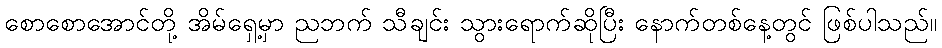
စောစောအောင်တို့ အိမ်ရှေ့မှာ ညဘက် သီချင်း သွားရောက်ဆိုပြီး နောက်တစ်နေ့တွင် ဖြစ်ပါသည်။